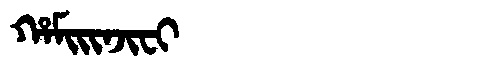
Manchu: ᡥᠠᠮᡳᡳᠨᠵᡳᠸᡳ
Romanization: HAMIINJIFI